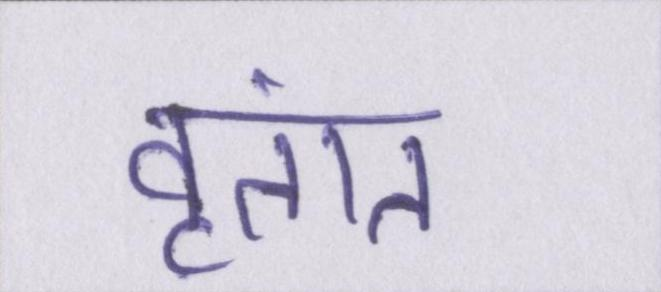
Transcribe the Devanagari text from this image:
वृतांत